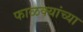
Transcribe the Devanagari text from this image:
फाळक्यांच्या